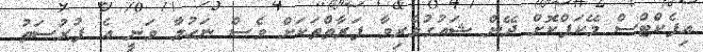
އިފެކްޓްސް މޭކަޕްކޮށް ދޭން ޝައުގުވެރިިވާ ފަރާތްތަކަށް ވެސް ނަހުލާ ވަނީ އެ ފުރުސަތު